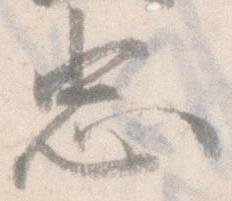
忠